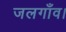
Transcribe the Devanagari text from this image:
जलगाँव।